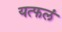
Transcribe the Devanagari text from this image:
यत्फलं